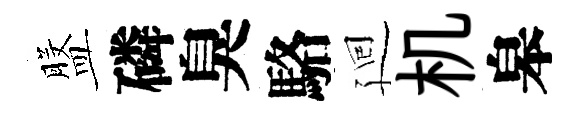
盤磷臭駱廻机皋